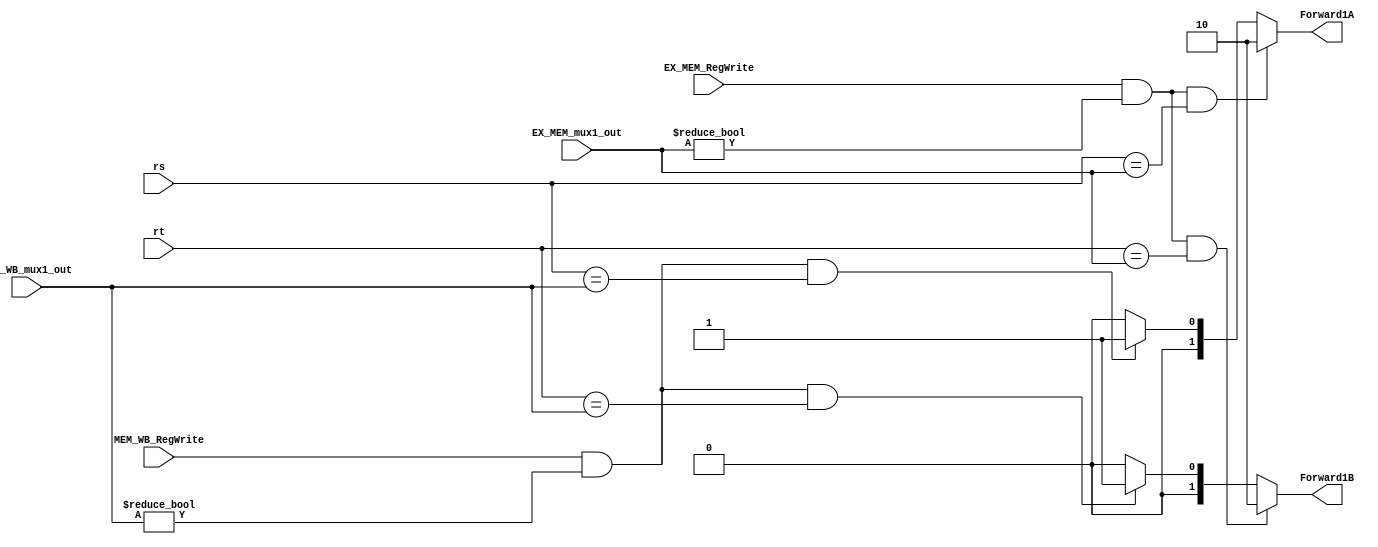
module ForwardUnit1 (
    input      [ 4: 0] rs,
    input      [ 4: 0] rt,
    input              EX_MEM_RegWrite,
    input      [ 5: 0] EX_MEM_mux1_out,
    input              MEM_WB_RegWrite,
    input      [ 5: 0] MEM_WB_mux1_out,
    output reg [ 1: 0] Forward1A,                   // Forward signal to rs
    output reg [ 1: 0] Forward1B                    // Forward signal to rt
);
    // forward rs
    always @(*) begin
        if (EX_MEM_RegWrite && EX_MEM_mux1_out != 0 && rs == EX_MEM_mux1_out)
            Forward1A = 2'b10;
        else if (MEM_WB_RegWrite && MEM_WB_mux1_out != 0 && rs == MEM_WB_mux1_out)
            Forward1A = 2'b01;
        else 
            Forward1A = 2'b00;
    end

    // forward rt
    always @(*) begin
        if (EX_MEM_RegWrite && EX_MEM_mux1_out != 0 && rt == EX_MEM_mux1_out)
            Forward1B = 2'b10;
        else if (MEM_WB_RegWrite && MEM_WB_mux1_out != 0 && rt == MEM_WB_mux1_out)
            Forward1B = 2'b01;
        else
            Forward1B = 2'b00;
    end

endmodule // ForwardUnit1


module ForwardUnit2 (
    input      [ 4: 0] ID_EX_rs,
    input      [ 4: 0] ID_EX_rt,
    input              EX_MEM_RegWrite,
    input      [ 5: 0] EX_MEM_mux1_out,
    input              MEM_WB_RegWrite,
    input      [ 5: 0] MEM_WB_mux1_out,
    output reg [ 1: 0] Forward2A,                   // Forward signal to ID_EX_rs(op1)
    output reg [ 1: 0] Forward2B                    // Forward signal to ID_EX_rt(op2)
);

    // forward ID_EX_rs
    always @(*) begin
        if (EX_MEM_RegWrite && EX_MEM_mux1_out != 0 && ID_EX_rs == EX_MEM_mux1_out)
            Forward2A = 2'b10;
        else if (MEM_WB_RegWrite && MEM_WB_mux1_out != 0 && ID_EX_rs == MEM_WB_mux1_out)
            Forward2A = 2'b01;
        else 
            Forward2A = 2'b00;
    end

    always @(*) begin
        if (EX_MEM_RegWrite && EX_MEM_mux1_out != 0 && ID_EX_rt == EX_MEM_mux1_out)
            Forward2B = 2'b10;
        else if (MEM_WB_RegWrite && MEM_WB_mux1_out != 0 && ID_EX_rt == MEM_WB_mux1_out)
            Forward2B = 2'b01;
        else 
            Forward2B = 2'b00;
    end

endmodule // ForwardUnit2

module ForwardUnit3 (
    input              EX_MEM_RegWrite,
    input      [ 5: 0] EX_MEM_mux1_out,
    input              MEM_WB_RegWrite,
    input      [ 5: 0] MEM_WB_mux1_out,
    input      [63: 0] EX_MEM_prod,
    input      [63: 0] MEM_WB_prod,

    output reg [ 2: 0] Forward3A,
    output reg [ 2: 0] Forward3B
);  
    // low
    always @(*) begin
        if      (EX_MEM_RegWrite && EX_MEM_mux1_out == 33)  // lo <- alu_out
            Forward3A = 3'b010;
        else if (EX_MEM_RegWrite && EX_MEM_mux1_out == 34)  // lo <- prod[31: 0]
            Forward3A = 3'b100;
        else if (MEM_WB_RegWrite && MEM_WB_mux1_out == 33)  // lo <- alu_out
            Forward3A = 3'b001;
        else if (MEM_WB_RegWrite && MEM_WB_mux1_out == 34)  // lo <- prod[31: 0]
            Forward3A = 3'b011;
        else 
            Forward3A = 3'b000;
    end

    // high
    always @(*) begin
        if      (EX_MEM_RegWrite && EX_MEM_mux1_out == 32)  // hi <- alu_out
            Forward3B = 3'b010;
        else if (EX_MEM_RegWrite && EX_MEM_mux1_out == 34)  // hi <- prod[63:32]
            Forward3B = 3'b100;
        else if (MEM_WB_RegWrite && MEM_WB_mux1_out == 32)  // hi <- alu_out
            Forward3B = 3'b001;
        else if (MEM_WB_RegWrite && MEM_WB_mux1_out == 34)  // hi <- prod[63:32]
            Forward3B = 3'b011;
        else                                                // origin
            Forward3B = 3'b000;
    end 

endmodule // ForwardUnit3